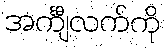
အင်္ကျီလက်ကို